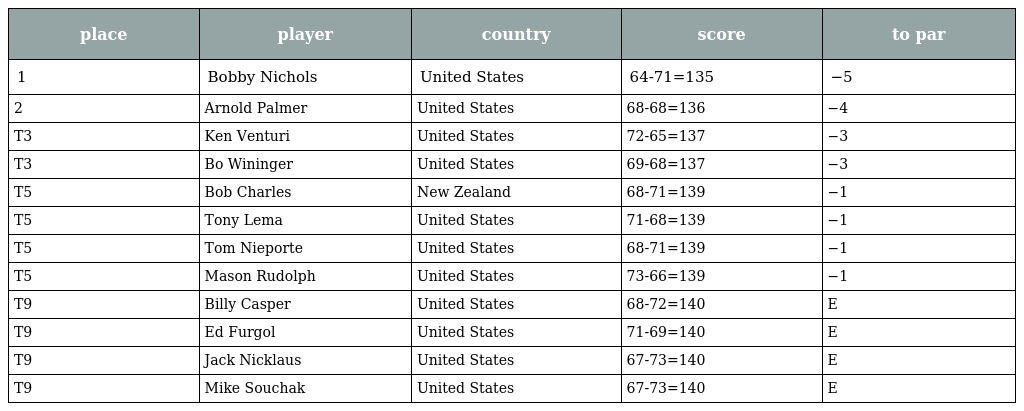
| place | player | country | score | to par |
 | --- | --- | --- | --- | --- |
 | 1 | Bobby Nichols | United States | 64-71=135 | −5 |
 | 2 | Arnold Palmer | United States | 68-68=136 | −4 |
 | T3 | Ken Venturi | United States | 72-65=137 | −3 |
 | T3 | Bo Wininger | United States | 69-68=137 | −3 |
 | T5 | Bob Charles | New Zealand | 68-71=139 | −1 |
 | T5 | Tony Lema | United States | 71-68=139 | −1 |
 | T5 | Tom Nieporte | United States | 68-71=139 | −1 |
 | T5 | Mason Rudolph | United States | 73-66=139 | −1 |
 | T9 | Billy Casper | United States | 68-72=140 | E |
 | T9 | Ed Furgol | United States | 71-69=140 | E |
 | T9 | Jack Nicklaus | United States | 67-73=140 | E |
 | T9 | Mike Souchak | United States | 67-73=140 | E |